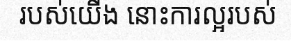
របស់យើង នោះការល្អរបស់